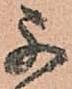
不